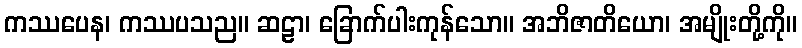
ကဿပေန၊ ကဿပသည။ ဆဠာ၊ ခြောက်ပါးကုန်သော။ အဘိဇာတိယော၊ အမျိုးတို့ကို။